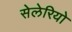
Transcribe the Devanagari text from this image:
सेलेरियो